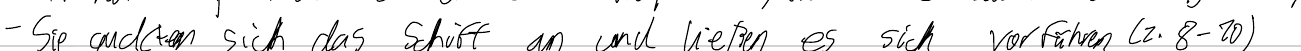
- Sie guckten sich das Schiff an und ließen es sich vorführen (Z.8-10)